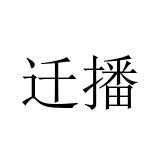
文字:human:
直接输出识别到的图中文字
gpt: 迁播